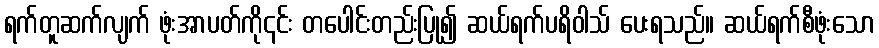
ရက်တူဆက်လျက် ဖုံးအာပတ်ကို၎င်း တပေါင်းတည်းပြု၍ ဆယ်ရက်ပရိဝါသ် ပေးရသည်။ ဆယ်ရက်စီဖုံးသော